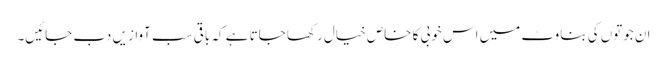
ان جوتوں کی بناوٹ میں اس خوبی کا خاص خیال رکھا جاتا ہے کہ باقی سب آوازیں دب جائیں۔